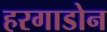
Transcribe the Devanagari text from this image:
हरगाडोन